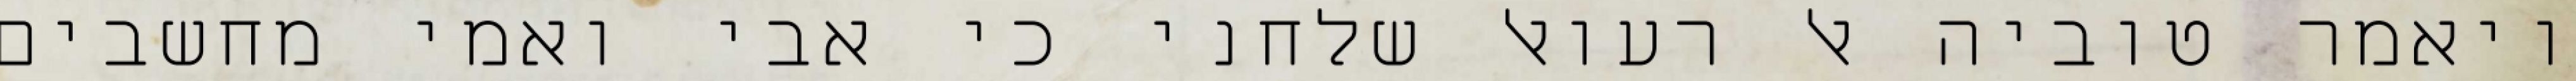
ויאמר טוביה אל רעואל שלחני כי אבי ואמי מחשבים